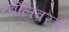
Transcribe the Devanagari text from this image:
रबौलवरचे